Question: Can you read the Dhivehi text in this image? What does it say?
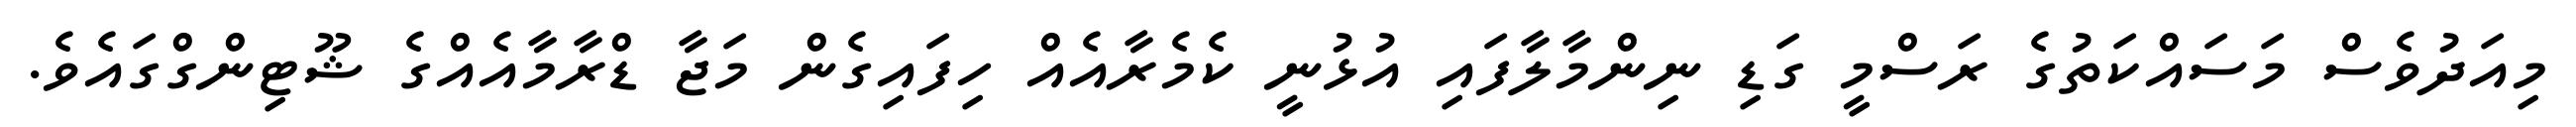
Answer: މިއަދުވެސް މަސައްކަތުގެ ރަސްމީ ގަޑި ނިންމާލާފައި އުޅުނީ ކެމެރާއެއް ހިފައިގެން މަޖާ ޑްރާމާއެއްގެ ޝޫޓިންގްގައެވެ.